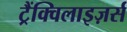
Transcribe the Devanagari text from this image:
ट्रैंक्विलाइज़र्स